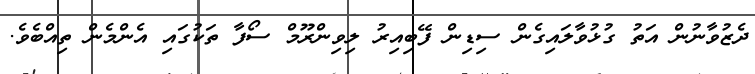
ދެޒުވާނުން އަތު ގުޅުވާލައިގެން ސިޑިން ފޭބިއިރު ލިވިންރޫމް ސޯފާ ތަކުގައި އެންމެން ތިއްބެވެ.